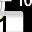
Digit: 1